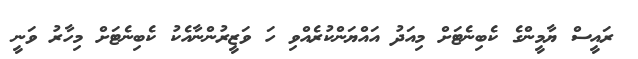
ރައީސް ޔާމީންގެ ކެބިނެޓަށް މިއަދު އައްޔަންކުރެއްވި ހަ ވަޒީރުންނާއެކު ކެބިނެޓަށް މިހާރު ވަނީ